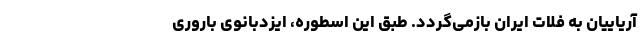
آریاییان به فلات ایران بازمی‌گردد. طبق این اسطوره، ایزدبانوی باروری